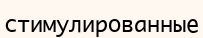
стимулированные